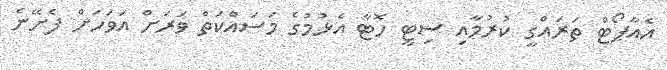
އެއާޕޯޓް ތަރައްގީ ކުރުމާއި ސިޓީ ހޮޓާ އެޅުމުގެ މަސައްކަތް ވަރަށް އަވަހަށް ފެށޭނެ